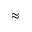
\approx